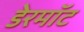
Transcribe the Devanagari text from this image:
डेरमॉट